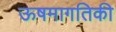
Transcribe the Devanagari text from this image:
ऊषमागतिकी